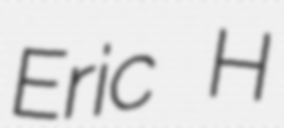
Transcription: Eric H